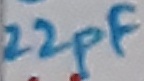
Text: 22pF